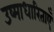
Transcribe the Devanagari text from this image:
उष्माधारिताएँ